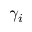
\gamma _ { i }